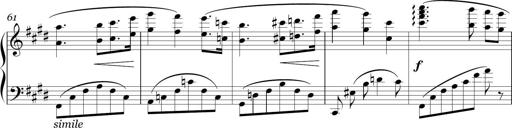
Title: Sonatina in E minor
Composer: Shuwen Zhang
Key: E minor